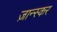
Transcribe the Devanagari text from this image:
ज़ान्स्कर